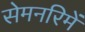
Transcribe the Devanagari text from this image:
सेमनरिमें